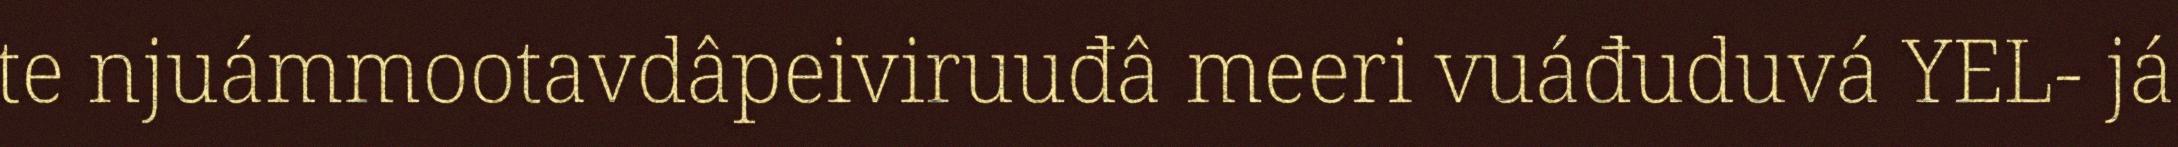
te njuámmootavdâpeiviruuđâ meeri vuáđuduvá YEL- já